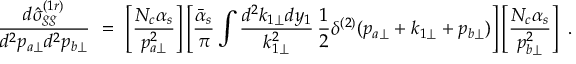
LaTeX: { \frac { d { \hat { \sigma } } _ { g g } ^ { ( 1 r ) } } { d ^ { 2 } p _ { a \perp } d ^ { 2 } p _ { b \perp } } } \ = \ \left[ { \frac { N _ { c } \alpha _ { s } } { p _ { a \perp } ^ { 2 } } } \right] \left[ { \frac { \bar { \alpha } _ { s } } { \pi } } \int { \frac { d ^ { 2 } k _ { 1 \perp } d y _ { 1 } } { k _ { 1 \perp } ^ { 2 } } } \, { \frac { 1 } { 2 } } \delta ^ { ( 2 ) } ( p _ { a \perp } + k _ { 1 \perp } + p _ { b \perp } ) \right] \left[ { \frac { N _ { c } \alpha _ { s } } { p _ { b \perp } ^ { 2 } } } \right] \ .